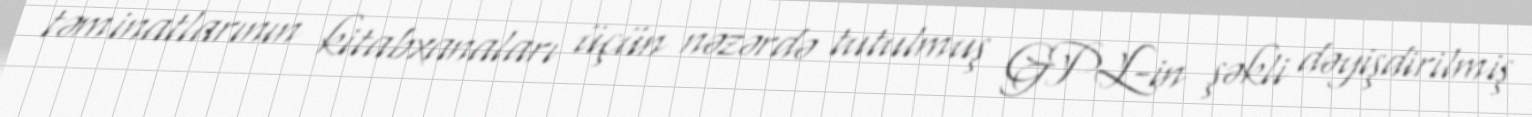
təminatlarının kitabxanaları üçün nəzərdə tutulmuş GPL-in şəkli dəyişdirilmiş